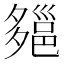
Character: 郺